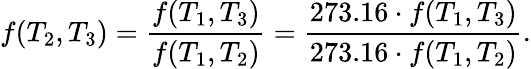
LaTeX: f(T_{2},T_{3})={\frac{f(T_{1},T_{3})}{f(T_{1},T_{2})}}={\frac{273.16\cdot f(T_{1},T_{3})}{273.16\cdot f(T_{1},T_{2})}}.